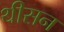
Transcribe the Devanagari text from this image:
थीसन